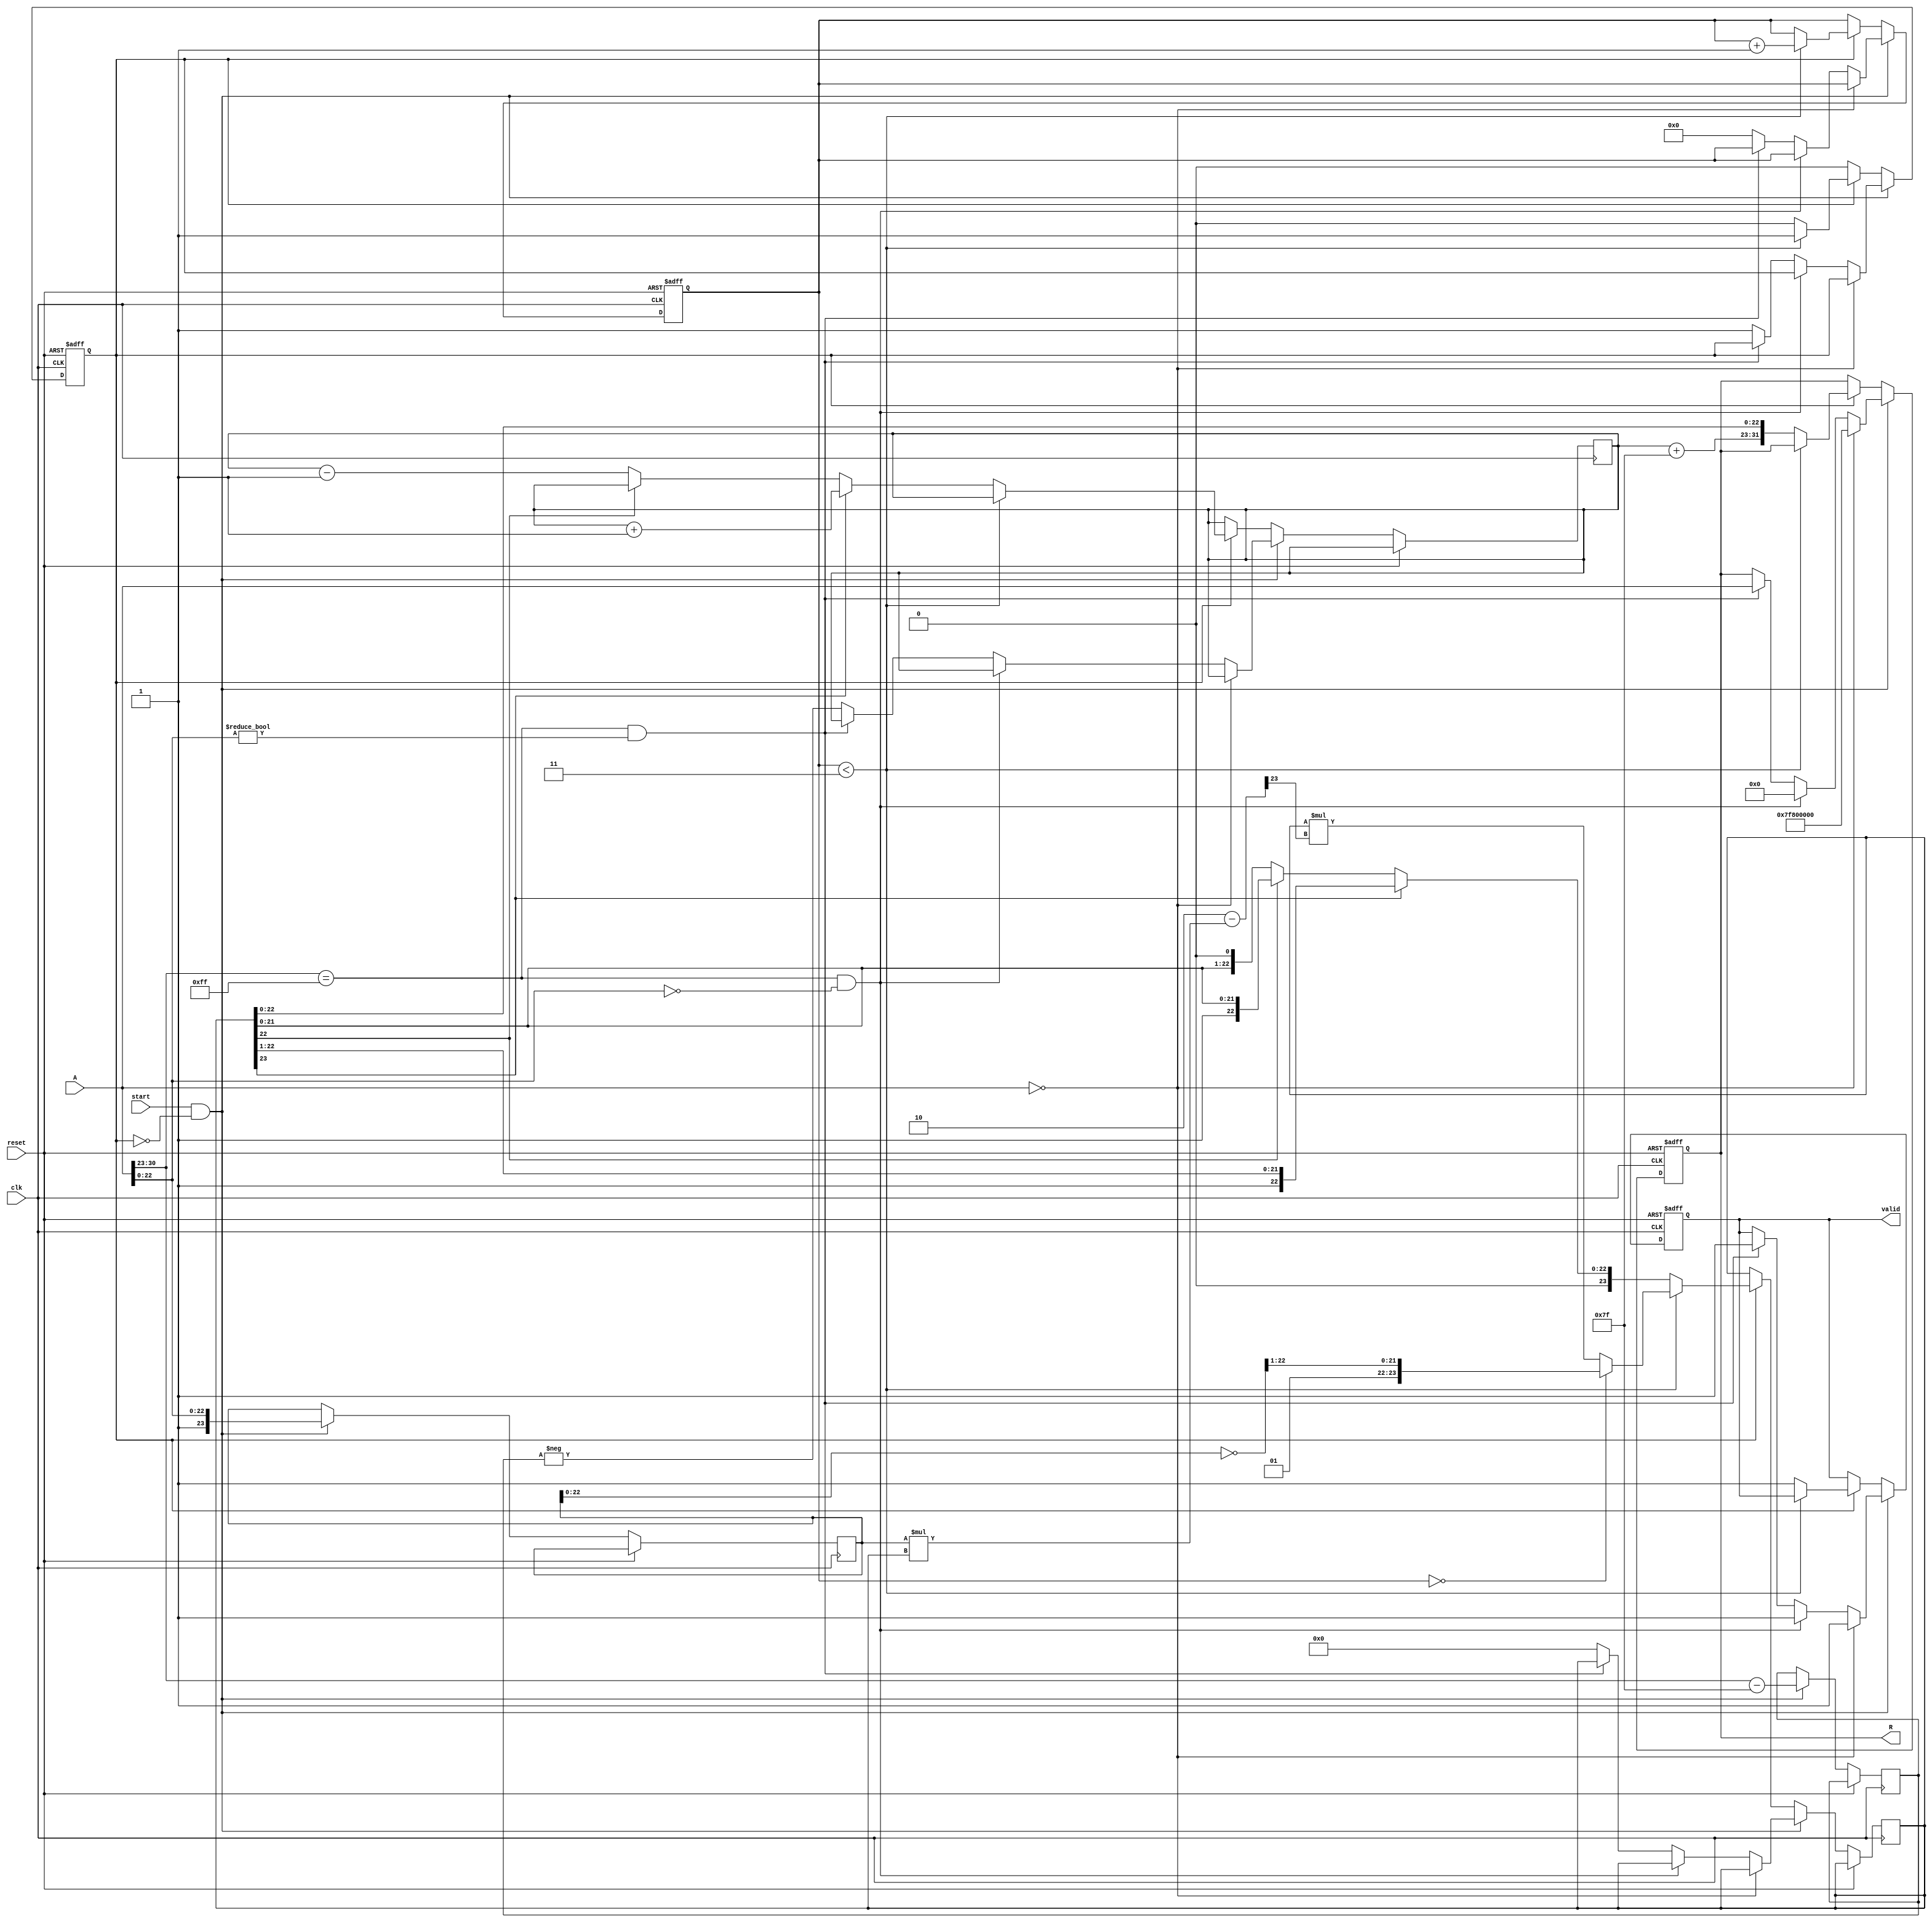
module floating_point_reciprocal (
    input wire          clk,
    input wire          reset,
    input wire          start,
    input wire [31:0]   A,           // 32-bit floating-point input (single precision)
    output reg [31:0]   R,           // 32-bit floating-point reciprocal output
    output reg          valid         // Output valid signal
);

// Internal signals
reg [7:0]   exp_A;             // Exponent of A
reg [23:0]  mant_A;            // Significand of A (23 bits)
reg         sign_A;            // Sign of A
reg         is_zero;           // Flag for zero input
reg         is_infinity;       // Flag for infinity input
reg         is_nan;            // Flag for NaN input
reg [7:0]   exp_R;             // Exponent of reciprocal
reg [23:0]  mant_R;            // Significand of reciprocal
reg [4:0]   cnt;               // Iteration counter for Newton Raphson
reg         computing;         // Flag for computing state

// State Machine
always @(posedge clk or posedge reset) begin
    if (reset) begin
        R <= 32'b0;
        valid <= 1'b0;
        computing <= 1'b0;
        cnt <= 5'b0;
    end else if (start && !computing) begin
        // Parse input
        sign_A <= A[31];
        exp_A <= A[30:23] - 127; // Adjust for bias (assuming single precision)
        mant_A <= {1'b1, A[22:0]}; // Implicit leading 1
        
        // Handle special cases
        if (A == 32'b0) begin
            R <= 32'h7F800000; // Infinity
            valid <= 1'b1;
        end else if (A[30:23] == 8'hFF && A[22:0] == 23'b0) begin
            R <= 32'b0; // Reciprocal of infinity is zero
            valid <= 1'b1;
        end else if (A[30:23] == 8'hFF && A[22:0] != 23'b0) begin
            R <= A; // NaN remains NaN
            valid <= 1'b1;
        end else begin
            // Start reciprocal computation
            computing <= 1'b1;
            exp_R <= -exp_A; // Initial approximation of reciprocal exponent
            mant_R <= 24'b0; // Initialize mantissa
            cnt <= 5'b0;
        end
    end else if (computing) begin
        // Newton-Raphson iteration for significand inversion
        if (cnt < 5'd3) begin
            // Example of Newton-Raphson: x[n+1] = x[n] * (2 - a * x[n])
            // We assume initial guess for mant_R
            if (cnt == 5'd0) begin
                mant_R <= {1'b1, ~mant_A[22:0]} >> 1; // Initial guess
            end else begin
                mant_R <= mant_R * (24'h2 - (mant_A * mant_R) >> 23);
            end
            cnt <= cnt + 1;
        end else begin
            // Normalize mantissa and prepare final result
            if (mant_R[23]) begin
                exp_R <= exp_R + 1; // Shift right, increase exponent
                mant_R <= mant_R >> 1;
            end else if (!mant_R[22]) begin
                exp_R <= exp_R - 1; // Shift left, decrease exponent
                mant_R <= mant_R << 1;
            end
            // Final assembly of result
            R <= {sign_A, exp_R + 127, mant_R[22:0]};
            valid <= 1'b1;
            computing <= 1'b0; // Finished computing
        end
    end
end

endmodule